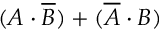
( A \cdot { \overline { { B } } } ) + ( { \overline { { A } } } \cdot B )